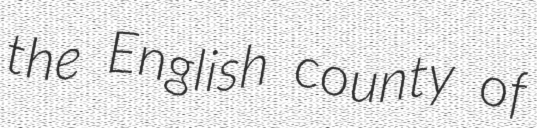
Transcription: the English county of